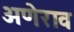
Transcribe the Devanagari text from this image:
अणेराव